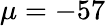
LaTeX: \mu=-57